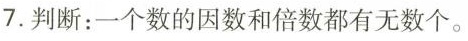
7.判断：一个数的因数和倍数都有无数个。